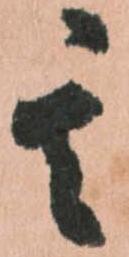
其